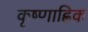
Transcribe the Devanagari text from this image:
कृष्णाह्रिक